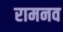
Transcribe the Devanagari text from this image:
रामनव